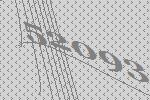
52093